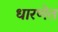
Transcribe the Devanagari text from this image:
धारणेत